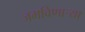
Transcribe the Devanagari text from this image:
जमविणार्‍या